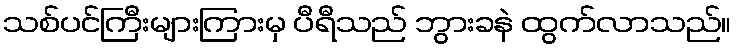
သစ်ပင်ကြီးများကြားမှ ပီရီသည် ဘွားခနဲ ထွက်လာသည်။